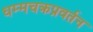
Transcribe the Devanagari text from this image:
धम्मचक्रप्रवर्तन